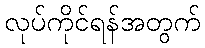
လုပ်ကိုင်ရန်အတွက်